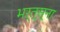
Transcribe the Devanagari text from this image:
भर्त्स्ना